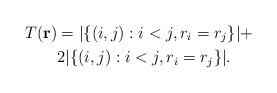
LaTeX: \begin{align*}T(\mathbf{r})&=|\{(i,j):i<j,r_i=r_j\}|+\\&2|\{(i,j):i<j,r_i=r_j\}|.\end{align*}